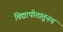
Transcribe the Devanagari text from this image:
विद्यापीठातूनच